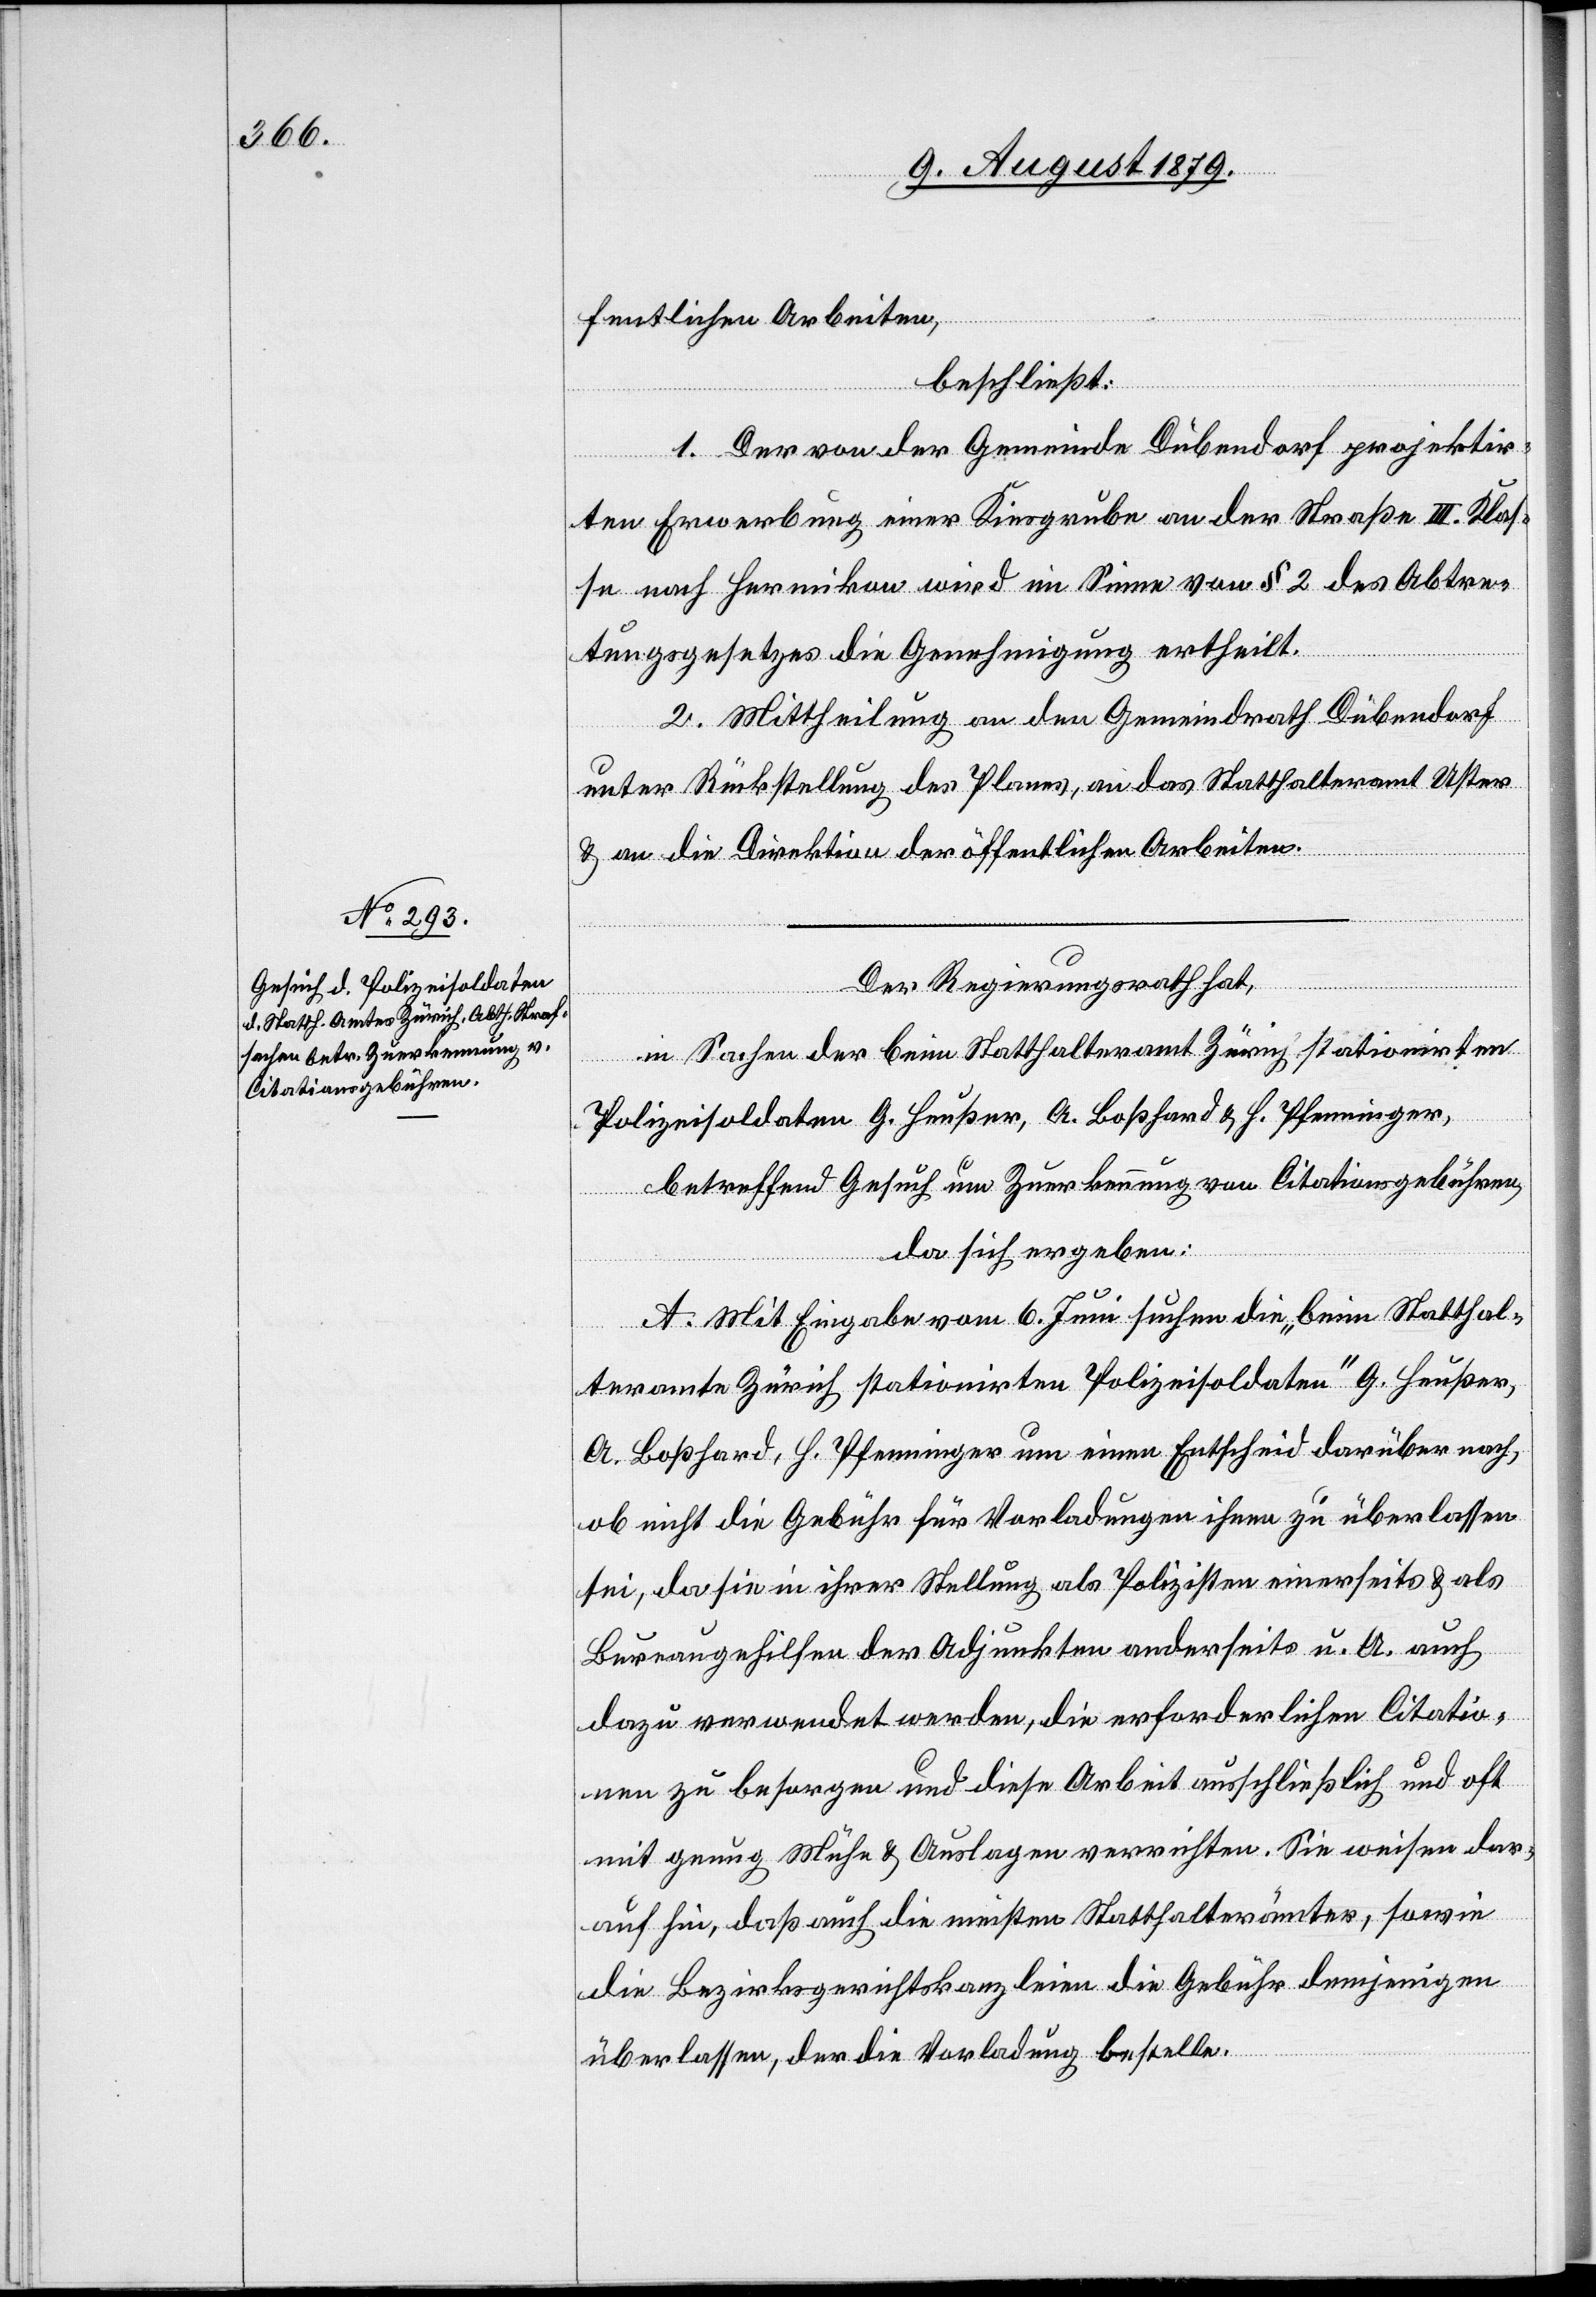
fentlichen Arbeiten,
beschließt:
1. Der von der Gemeinde Dübendorf projektir¬
ten Erwerbung einer Kiesgrube an der Straße III. Klas¬
se nach Hermikon wird im Sinne von § 2 des Abtre¬
tungsgesetzes die Genehmigung ertheilt.
2. Mittheilung an den Gemeindrath Dübendorf
unter Rückstellung des Planes, an das Statthalteramt Uster
& an die Direktion der öffentlichen Arbeiten.
Der Regierungsrath hat,
in Sachen der beim Statthalteramt Zürich stationirten
Polizeisoldaten G. Heußer, A. Boßhard & H. Pfenninger,
betreffend Gesuch um Zuerkennung von Citationsgebühren,
da sich ergeben:
A. Mit Eingabe vom 6. Juni suchen die „beim Statthal¬
teramte Zürich stationirten Polizeisoldaten“ G. Heußer,
A. Boßhard, H. Pfenninger um einen Entscheid darüber nach,
ob nicht die Gebühr für Vorladungen ihnen zu überlassen
sei, da sie in ihrer Stellung als Polizisten einerseits & als
Bureaugehilfen der Adjunkten anderseits u. A. auch
dazu verwendet werden, die erforderlichen Citatio¬
nen zu besorgen und diese Arbeit ausschließlich und oft
mit genug Mühe & Auslagen verrichten. Sie weisen dar¬
auf hin, daß auch die meisten Statthalterämter, sowie
die Bezirksgerichtskanzleien die Gebühr demjenigen
überlassen, der die Vorladung befehle.